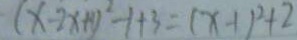
( x - 2 x + 1 ) ^ { 2 } - 1 + 3 = ( x - 1 ) ^ { 2 } + 2